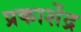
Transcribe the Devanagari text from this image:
प्रकाशेंद्र